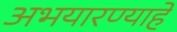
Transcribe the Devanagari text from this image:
अभयारण्याहे